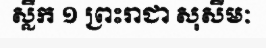
ស្លឹក ១ ព្រះរាជា សុសីមៈ